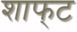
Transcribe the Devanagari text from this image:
शाफ्‌ट